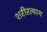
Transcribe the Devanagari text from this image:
शरीरत्याग